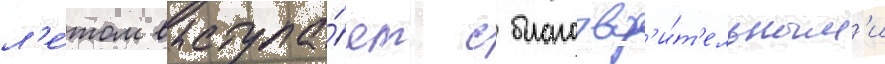
л'е́том выступа́ет с благотвор'и́т'ельным'и